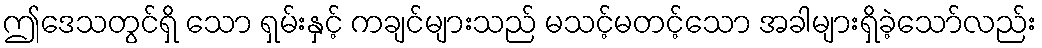
ဤဒေသတွင်ရှိ သော ရှမ်းနှင့် ကချင်များသည် မသင့်မတင့်သော အခါများရှိခဲ့သော်လည်း